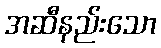
အဆီနည်းသော